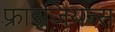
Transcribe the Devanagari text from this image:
फ़्राइजियन्स